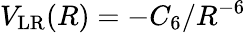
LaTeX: V_{\mathrm{LR}}(R)=-C_{6}/R^{-6}